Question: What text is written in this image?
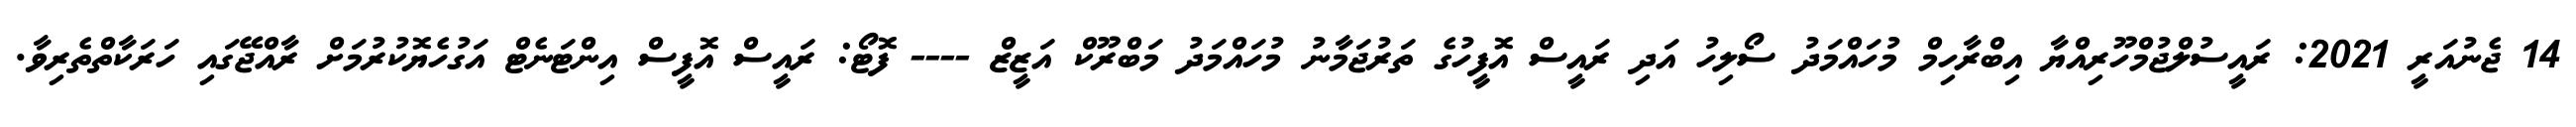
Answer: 14 ޖެނުއަރީ 2021: ރައީސުލްޖުމްހޫރިއްޔާ އިބްރާހިމް މުހައްމަދު ސޯލިހު އަދި ރައީސް އޮފީހުގެ ތަރުޖަމާނު މުހައްމަދު މަބްރޫކް އަޒީޒް ---- ފޮޓޯ: ރައީސް އޮފީސް އިންޓަނެޓް އަގުހެޔޮކުރުމަށް ރާއްޖޭގައި ހަރަކާތްތެރިވާ.